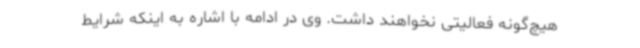
هیچ‌گونه فعالیتی نخواهند داشت. وی در ادامه با اشاره به اینکه شرایط